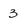
Character: 3